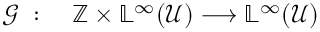
\begin{array} { r l } { \mathcal { G } \; : } & { { } \; \mathbb { Z } \times \mathbb { L } ^ { \infty } ( \mathcal { U } ) \longrightarrow \mathbb { L } ^ { \infty } ( \mathcal { U } ) } \end{array}